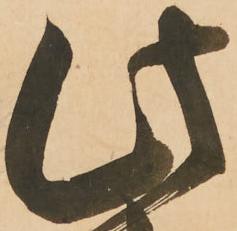
此